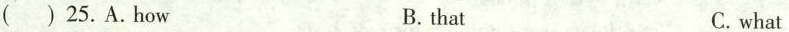
( ) 25.A.How B. that C. what